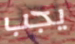
يجب